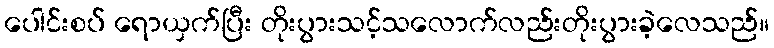
ပေါင်းစပ် ရောယှက်ပြီး တိုးပွားသင့်သလောက်လည်းတိုးပွားခဲ့လေသည်။